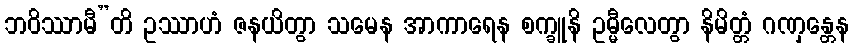
ဘဝိဿာမီ”တိ ဥဿာဟံ ဇနယိတွာ သမေန အာကာရေန စက္ခူနိ ဥမ္မီလေတွာ နိမိတ္တံ ဂဏှန္တေန